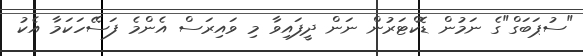
"ސުޕަބަގް"ގެ ނަމުން ޑޮކްޓަރުން ނަން ދީފައިވާ މި ވައިރަސް އެންމެ ފަސޭހަކަމާ އެކު